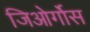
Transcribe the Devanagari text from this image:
जिओर्गोस